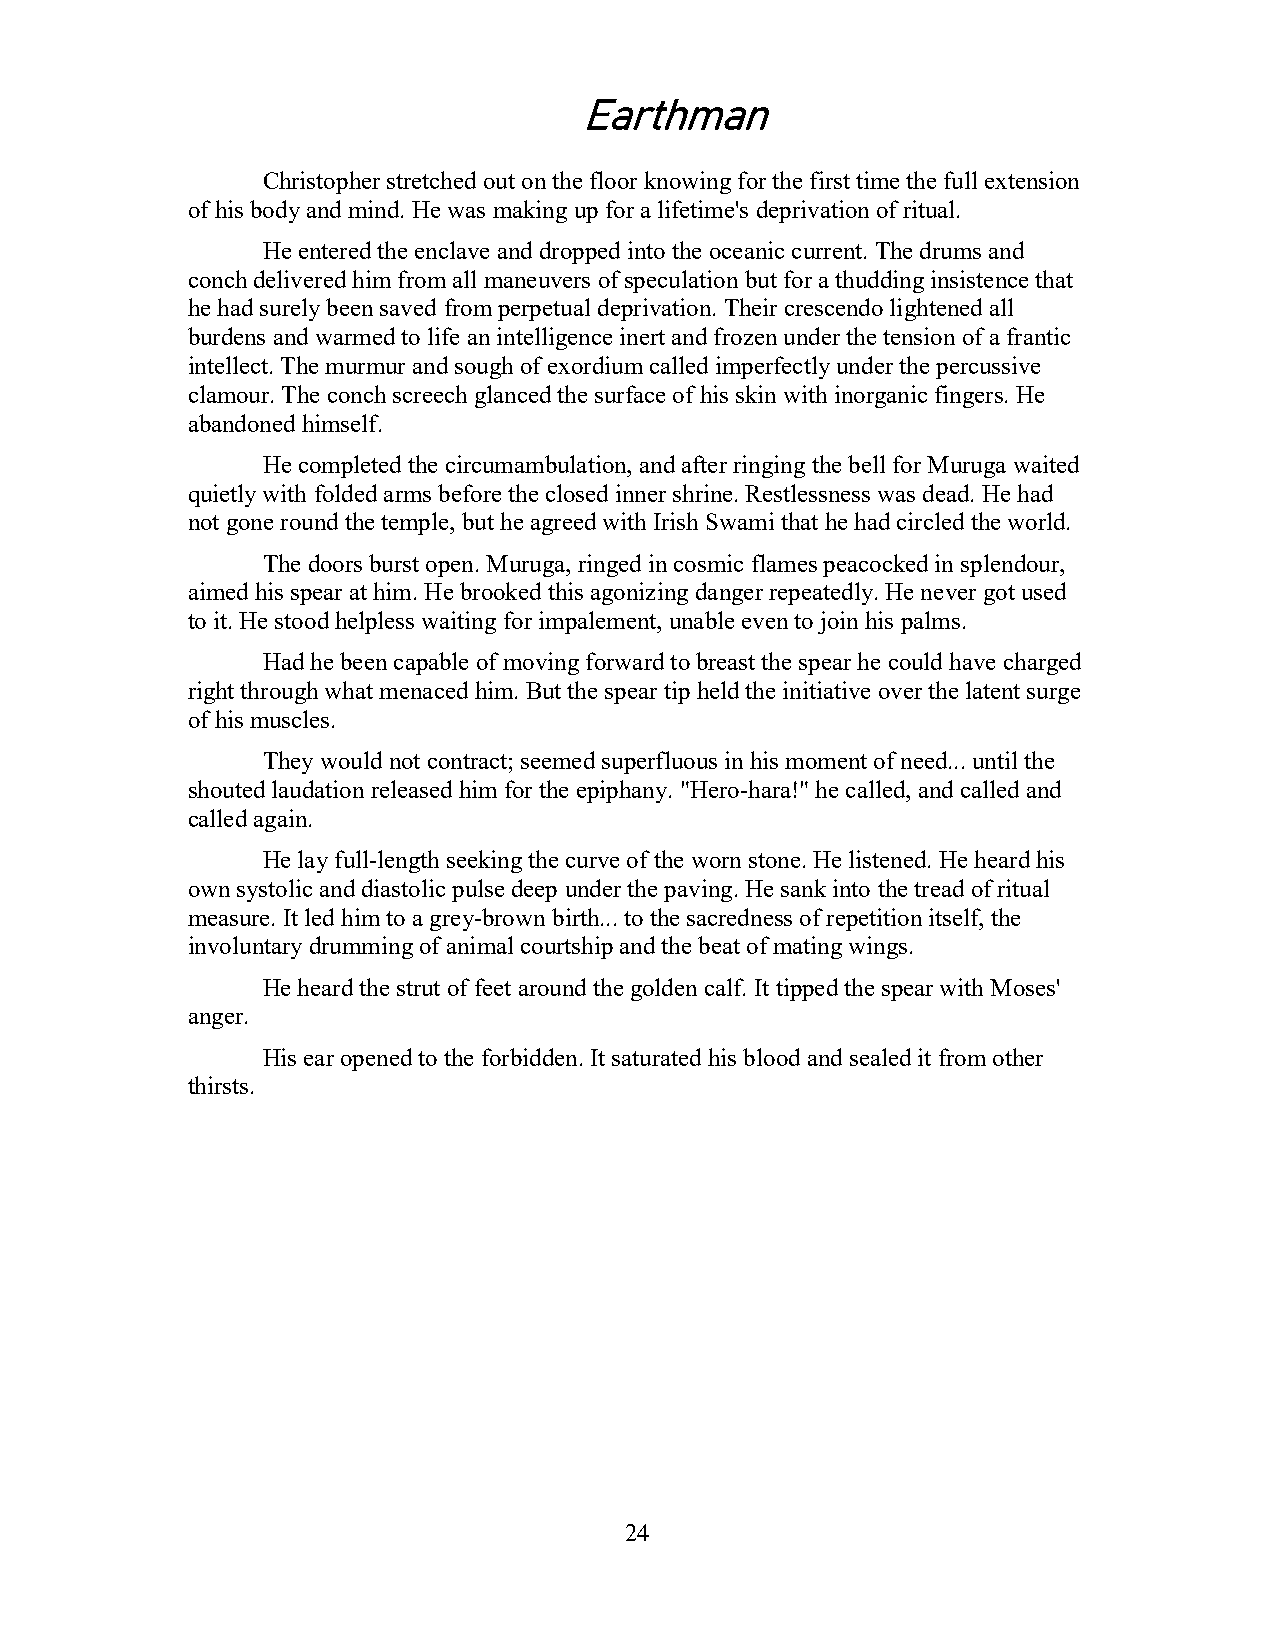
Earthman
 Christopher stretched out on the floor knowing for the first time the full extension
 of his body and mind. He was making up for a lifetime's deprivation of ritual.
 He entered the enclave and dropped into the oceanic current. The drums and
 conch delivered him from all maneuvers of speculation but for a thudding insistence that
 he had surely been saved from perpetual deprivation. Their crescendo lightened all
 burdens and warmed to life an intelligence inert and frozen under the tension of a frantic
 intellect. The murmur and sough of exordium called imperfectly under the percussive
 clamour. The conch screech glanced the surface of his skin with inorganic fingers. He
 abandoned himself.
 He completed the circumambulation, and after ringing the bell for Muruga waited
 quietly with folded arms before the closed inner shrine. Restlessness was dead. He had
 not gone round the temple, but he agreed with Irish Swami that he had circled the world.
 The doors burst open. Muruga, ringed in cosmic flames peacocked in splendour,
 aimed his spear at him. He brooked this agonizing danger repeatedly. He never got used
 to it. He stood helpless waiting for impalement, unable even to join his palms.
 Had he been capable of moving forward to breast the spear he could have charged
 right through what menaced him. But the spear tip held the initiative over the latent surge
 of his muscles.
 They would not contract; seemed superfluous in his moment of need... until the
 shouted laudation released him for the epiphany. "Hero-hara!" he called, and called and
 called again.
 He lay full-length seeking the curve of the worn stone. He listened. He heard his
 own systolic and diastolic pulse deep under the paving. He sank into the tread of ritual
 measure. It led him to a grey-brown birth... to the sacredness of repetition itself, the
 involuntary drumming of animal courtship and the beat of mating wings.
 He heard the strut of feet around the golden calf. It tipped the spear with Moses'
 anger.
 His ear opened to the forbidden. It saturated his blood and sealed it from other
 thirsts.
 24